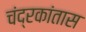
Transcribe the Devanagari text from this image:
चंद्रकांतास